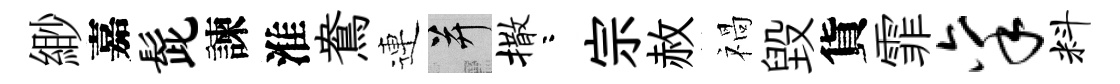
緲嘉髭諫淮鴦連并撒咯宗赦禍毁貨霏禀料